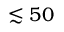
\lesssim 5 0